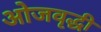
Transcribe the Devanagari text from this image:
ओजवृद्धी